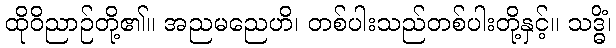
ထိုဝိညာဉ်တို့၏။ အညမညေဟိ၊ တစ်ပါးသည်တစ်ပါးတို့နှင့်။ သဒ္ဓိံ၊